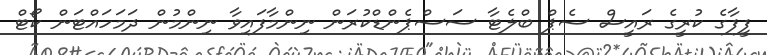
ފީފާގެ ކުރީގެ ރައީސް ސެޕް ބްލެޓާ ސަސްޕެންޑްކުރަން ނިންމާފައިވާ ނިންމުން ދަމަހައްޓަން ކޯޓް